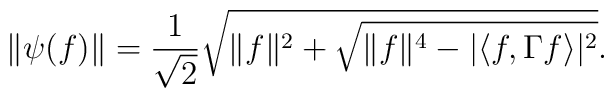
\|\psi(f)\| = \frac{1}{\sqrt{2}} \sqrt{\|f\|^2+ \sqrt{\|f\|^4-|\langle f,\Gamma f \rangle |^2 }}.